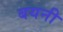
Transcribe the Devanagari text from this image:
बयनी